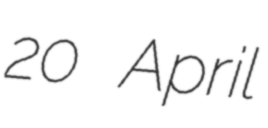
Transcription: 20 April